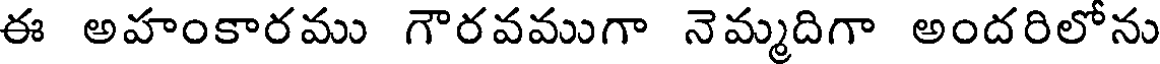
ఈ అహంకారము గౌరవముగా నెమ్మదిగా అందరిలోను